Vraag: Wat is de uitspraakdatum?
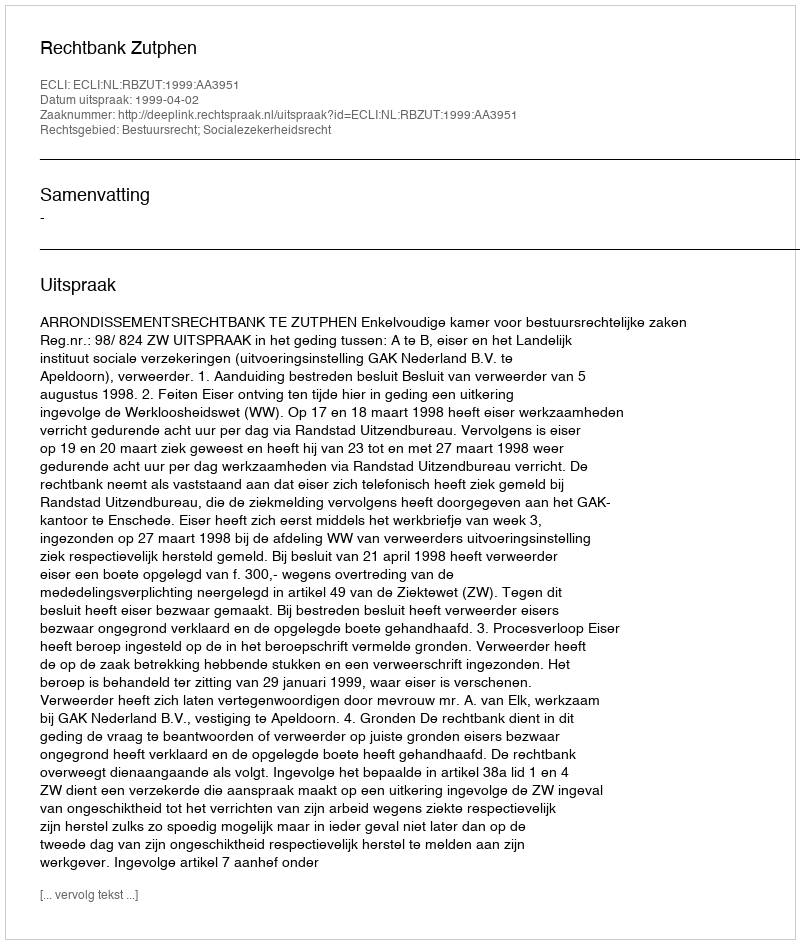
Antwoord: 1999-04-02